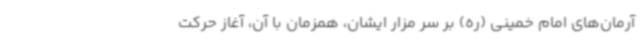
آرمان‌های امام خمینی (ره) بر سر مزار ایشان، همزمان با آن، آغاز حرکت